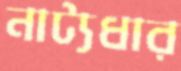
নাট্যধার